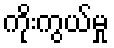
ကိုးကွယ်မှု